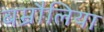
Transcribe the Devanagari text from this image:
बम्रौलिया